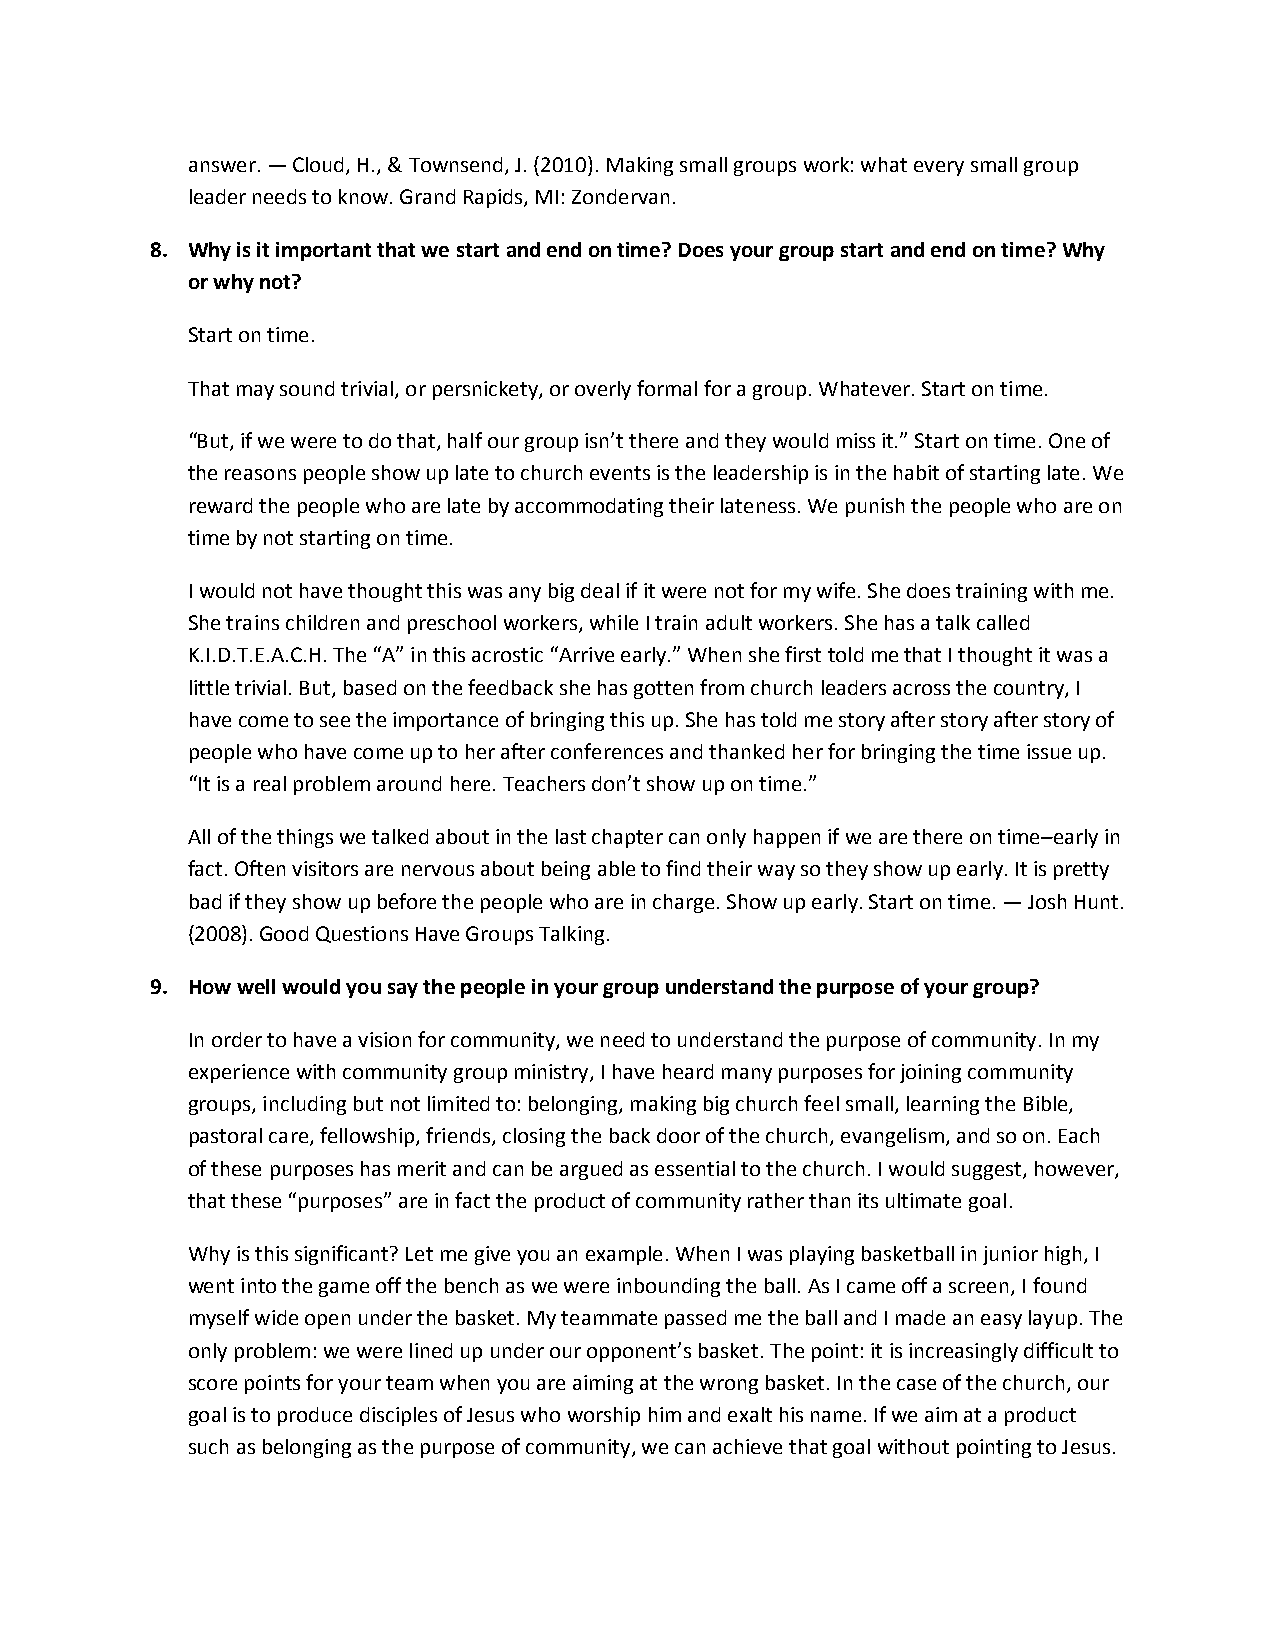
answer. — Cloud, H., & Townsend, J. (2010). Making small groups work: what every small group
 leader needs to know. Grand Rapids, MI: Zondervan.
 8. Why is it important that we start and end on time? Does your group start and end on time? Why
 or why not?
 Start on time.
 That may sound trivial, or persnickety, or overly formal for a group. Whatever. Start on time.
 “But, if we were to do that, half our group isn’t there and they would miss it.” Start on time. One of
 the reasons people show up late to church events is the leadership is in the habit of starting late. We
 reward the people who are late by accommodating their lateness. We punish the people who are on
 time by not starting on time.
 I would not have thought this was any big deal if it were not for my wife. She does training with me.
 She trains children and preschool workers, while I train adult workers. She has a talk called
 K.I.D.T.E.A.C.H. The “A” in this acrostic “Arrive early.” When she first told me that I thought it was a
 little trivial. But, based on the feedback she has gotten from church leaders across the country, I
 have come to see the importance of bringing this up. She has told me story after story after story of
 people who have come up to her after conferences and thanked her for bringing the time issue up.
 “It is a real problem around here. Teachers don’t show up on time.”
 All of the things we talked about in the last chapter can only happen if we are there on time–early in
 fact. Often visitors are nervous about being able to find their way so they show up early. It is pretty
 bad if they show up before the people who are in charge. Show up early. Start on time. — Josh Hunt.
 (2008). Good Questions Have Groups Talking.
 9. How well would you say the people in your group understand the purpose of your group?
 In order to have a vision for community, we need to understand the purpose of community. In my
 experience with community group ministry, I have heard many purposes for joining community
 groups, including but not limited to: belonging, making big church feel small, learning the Bible,
 pastoral care, fellowship, friends, closing the back door of the church, evangelism, and so on. Each
 of these purposes has merit and can be argued as essential to the church. I would suggest, however,
 that these “purposes” are in fact the product of community rather than its ultimate goal.
 Why is this significant? Let me give you an example. When I was playing basketball in junior high, I
 went into the game off the bench as we were inbounding the ball. As I came off a screen, I found
 myself wide open under the basket. My teammate passed me the ball and I made an easy layup. The
 only problem: we were lined up under our opponent’s basket. The point: it is increasingly difficult to
 score points for your team when you are aiming at the wrong basket. In the case of the church, our
 goal is to produce disciples of Jesus who worship him and exalt his name. If we aim at a product
 such as belonging as the purpose of community, we can achieve that goal without pointing to Jesus.